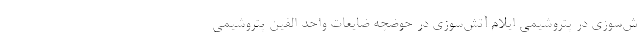
ش‌سوزی در پتروشیمی ایلام آتش‌سوزی در حوضچه ضایعات واحد الفین پتروشیمی